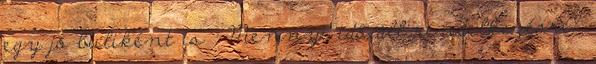
egy jó buliként is : Mennyi idő áll rendelkezésre?